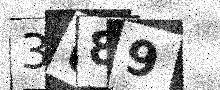
Text: 3U89